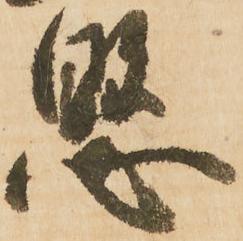
懸